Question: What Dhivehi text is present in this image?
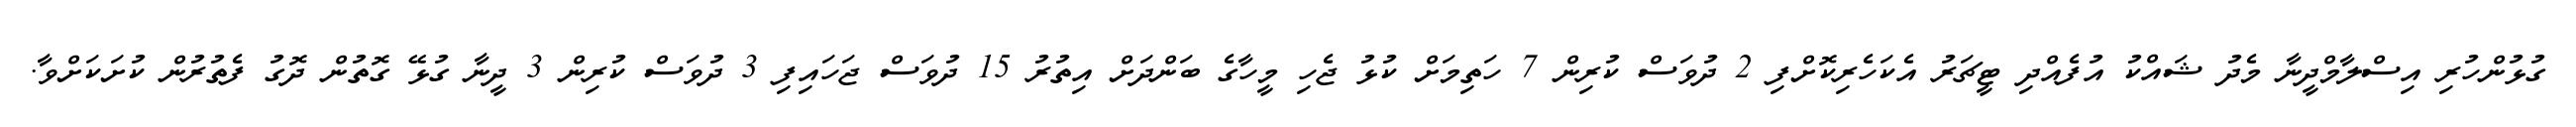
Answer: ގުޅުންހުރި އިސްލާމްދީނާ މެދު ޝައްކު އުފެއްދި ޓީޗަރު އެކަހެރިކޮށްފި 2 ދުވަސް ކުރިން 7 ހަތިމަށް ކުޅު ޖެހި މީހާގެ ބަންދަށް އިތުރު 15 ދުވަސް ޖަހައިފި 3 ދުވަސް ކުރިން 3 ދީނާ ގުޅޭ ގޮތުން ދޮގު ފެތުރުން ކުށަކަށްވާ.